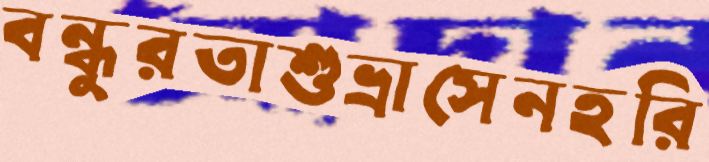
বন্ধুরতাশুভ্রাসেনহরি